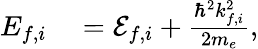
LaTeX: \begin{array}{rl}{E_{f,i}}&{{}={\cal E}_{f,i}+\frac{\hbar^{2}k_{f,i}^{2}}{2m_{e}},}\end{array}